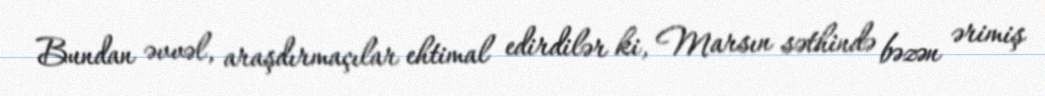
Bundan əvvəl, araşdırmaçılar ehtimal edirdilər ki, Marsın səthində bəzən ərimiş